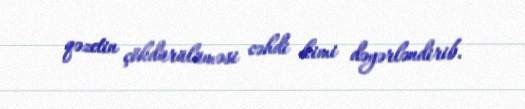
qəzetin çökdürülüməsi cəhdi kimi dəyərləndirib.